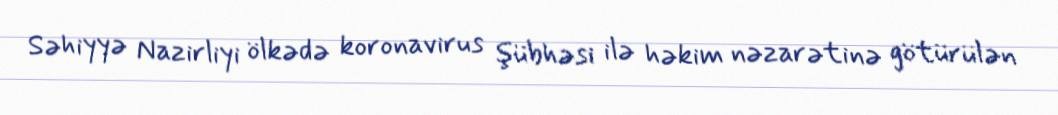
Səhiyyə Nazirliyi ölkədə koronavirus şübhəsi ilə həkim nəzarətinə götürülən